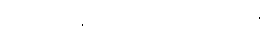
ဒိုင်ယက်စ်က အကြံပြုပါတယ်။